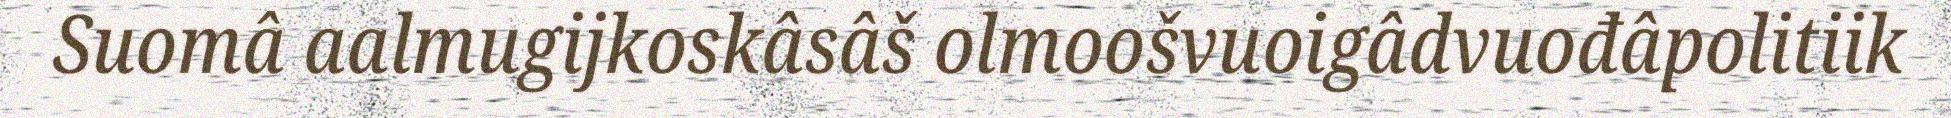
Suomâ aalmugijkoskâsâš olmoošvuoigâdvuođâpolitiik